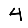
Digit: 4